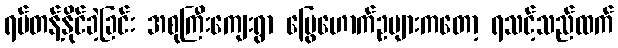
ရပ်တန့်နိုင်ခဲ့ခြင်း အစုကြီးကျေးရွာ မြွေဟောက်ဥများကတော့ ရသင့်သည်ထက်